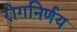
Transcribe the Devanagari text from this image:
रोगनिर्णय